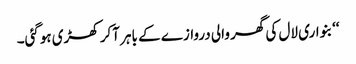
‘‘بنواری لال کی گھر والی دروازے کے باہر آکر کھڑی ہوگئی۔